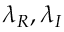
\lambda _ { R } , \lambda _ { I }